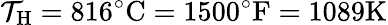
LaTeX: \mathcal{T}_{\mathrm{{{H}}}}=816^{\circ}{\mathrm{{C}}}=1500^{\circ}{\mathrm{{F}}}=1089{\mathrm{{K}}}